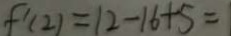
f ^ { \prime } ( 2 ) = 1 2 - 1 6 + 5 =